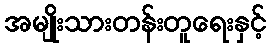
အမျိုးသားတန်းတူရေးနှင့်